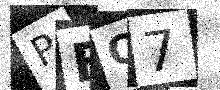
Text: PFO7